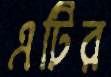
এটির